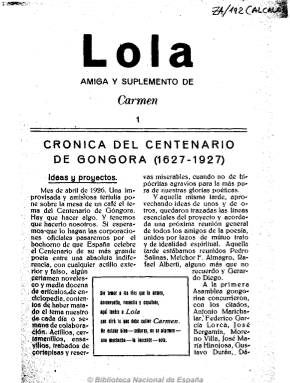
Título: Lola (Sigüenza)
Colección: Literatura
Ámbito geográfico: Guadalajara
Lugar de publicación: España
Fechas: 01/12/1927-30/06/1928

Revista creada y dirigida por Gerardo Diego en Sigüenza entre 1927 y 1928, lugar donde se imprimió, en el establecimiento de Rodrigo donde se hacía el semanario La Defensa que dirigía Eduardo Olmedillas y donde llegó a colaborar. Se distribuía a la vez que la revista Carmen, también dirigida por él. El nacimiento de Lola coincide con la conmemoración del centenario de Góngora por lo que sus dos primeros números están dedicados a la celebración de este acontecimiento, participando Rafael Alberti como secretario, además de Altolaguirre y Bergamín, entre otros. Los números siguientes, con otros temas, contienen artículos dedicados a Fray Luis de León y otros grandes poetas del Siglo de Oro. Como curiosidad, la creación de las “Jinojepas”, bromas o burlas de buen humor y sin veneno dentro, que aparecen con firmas como las de Pepín Bello y Jaime de Atarazanas y las “Tontologías”, creadas por el propio Gerardo Diego. El último fascículo constituye una confesión general de amor a la poesía y su misterio intermitente y desconcertante, según palabras de su creador en el prólogo para la edición facsímil de la revista en  1977.